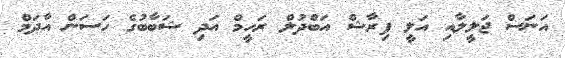
އަނަސް ޖަލީލާއި އަލީ ފިރާޝް އަބްދުލް ރަހީމް އަދި ޝަބާބުގެ ހަސަން އާދަމް